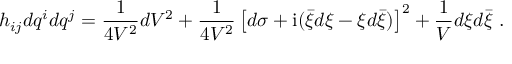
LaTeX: h _ { i j } d q ^ { i } d q ^ { j } = \frac { 1 } { 4 V ^ { 2 } } d V ^ { 2 } + \frac { 1 } { 4 V ^ { 2 } } \left[ d \sigma + \mathrm { i } ( \bar { \xi } d \xi - \xi d \bar { \xi } ) \right] ^ { 2 } + \frac { 1 } { V } d \xi d \bar { \xi } \ .